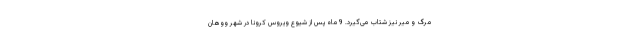
مرگ و میر نیز شتاب می‌گیرد. 9 ماه پس از شیوع ویروس کرونا در شهر ووهان